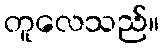
တူလေသည်။